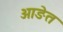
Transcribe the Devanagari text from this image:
आङेत